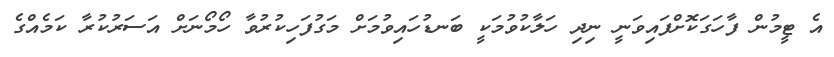
އެ ޓީމުން ފާހަގަކޮށްފައިވަނީ ނިދި ހަލާކުވުމަކީ ބަނޑުހައިވުމަށް މަގުފަހިކުރުވާ ހޯމޯނަށް އަސަރުކުރާ ކަމެއްގެ